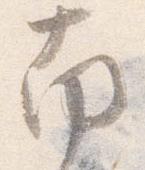
南